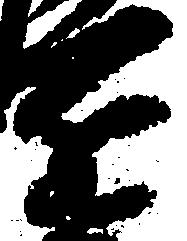
近